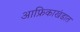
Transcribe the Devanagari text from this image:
आफ्रिकाखंडात